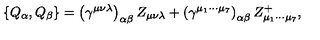
\left\{ Q _ { \alpha } , Q _ { \beta } \right\} = \left( \gamma ^ { \mu \nu \lambda } \right) _ { \alpha \beta } Z _ { \mu \nu \lambda } + \left( \gamma ^ { \mu _ { 1 } \cdots \mu _ { 7 } } \right) _ { \alpha \beta } Z _ { \mu _ { 1 } \cdots \mu _ { 7 } } ^ { + } ,